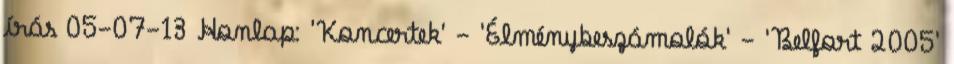
írás 05-07-13 Honlap: 'Koncertek' - 'Élménybeszámolók' - 'Belfort 2005'